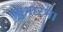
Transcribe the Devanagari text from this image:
सुभारंभ।